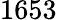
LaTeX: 1653